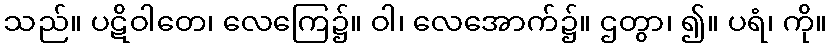
သည်။ ပဋိဝါတေ၊ လေကြေ၌။ ဝါ၊ လေအောက်၌။ ဌတွာ၊ ၍။ ပရံ၊ ကို။